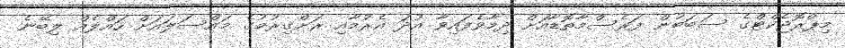
މިޕްރޮޖެކްޓްގެ ސަބަބުން ފަރެސްމާތޮޑާއަށް ދިމާވެފައިވާ އުދަ އެރުމާއި ރަށްގިރުމުގެ މައްސަލައަށް ހައްލެއް ލިބޭނެ